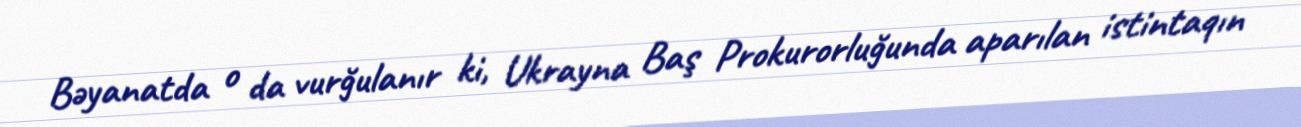
Bəyanatda o da vurğulanır ki, Ukrayna Baş Prokurorluğunda aparılan istintaqın